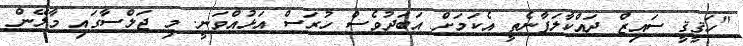
"ހަޤީޤީ ސައިޒް ދައްކާލަފާނެތީ އެކަމަށް އަބަދުވެސް ހުރަސް އަޅުއްވަނީ. މި ޖަލްސާގައި މާލޭން